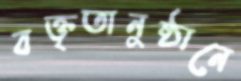
বক্তৃতানুষ্ঠানে